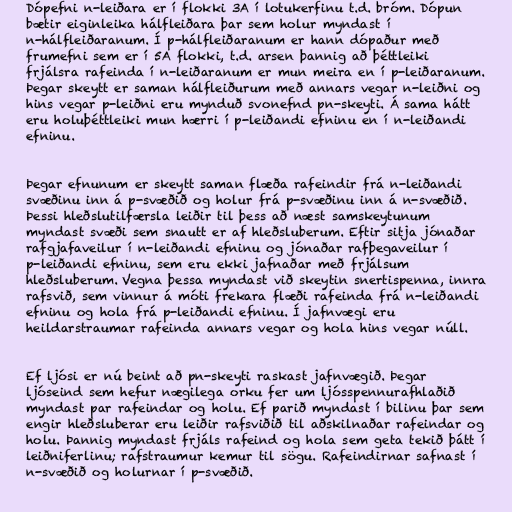
Dópefni n-leiðara er í flokki 3A í lotukerfinu t.d. bróm. Dópun
bætir eiginleika hálfleiðara þar sem holur myndast í
n-hálfleiðaranum. Í p-hálfleiðaranum er hann dópaður með
frumefni sem er í 5A flokki, t.d. arsen þannig að þéttleiki
frjálsra rafeinda í n-leiðaranum er mun meira en í p-leiðaranum.
Þegar skeytt er saman hálfleiðurum með annars vegar n-leiðni og
hins vegar p-leiðni eru mynduð svonefnd pn-skeyti. Á sama hátt
eru holuþéttleiki mun hærri í p-leiðandi efninu en í n-leiðandi
efninu.

Þegar efnunum er skeytt saman flæða rafeindir frá n-leiðandi
svæðinu inn á p-svæðið og holur frá p-svæðinu inn á n-svæðið.
Þessi hleðslutilfærsla leiðir til þess að næst samskeytunum
myndast svæði sem snautt er af hleðsluberum. Eftir sitja jónaðar
rafgjafaveilur í n-leiðandi efninu og jónaðar rafþegaveilur í
p-leiðandi efninu, sem eru ekki jafnaðar með frjálsum
hleðsluberum. Vegna þessa myndast við skeytin snertispenna, innra
rafsvið, sem vinnur á móti frekara flæði rafeinda frá n-leiðandi
efninu og hola frá p-leiðandi efninu. Í jafnvægi eru
heildarstraumar rafeinda annars vegar og hola hins vegar núll.

Ef ljósi er nú beint að pn-skeyti raskast jafnvægið. Þegar
ljóseind sem hefur nægilega orku fer um ljósspennurafhlaðið
myndast par rafeindar og holu. Ef parið myndast í bilinu þar sem
engir hleðsluberar eru leiðir rafsviðið til aðskilnaðar rafeindar og
holu. Þannig myndast frjáls rafeind og hola sem geta tekið þátt í
leiðniferlinu; rafstraumur kemur til sögu. Rafeindirnar safnast í
n-svæðið og holurnar í p-svæðið.